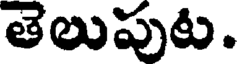
తెలుపుట.